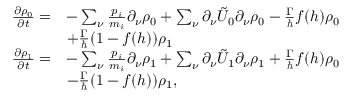
\begin{array} { r l } { \frac { \partial \rho _ { 0 } } { \partial t } = } & { - \sum _ { \nu } \frac { p _ { i } } { m _ { i } } \partial _ { \nu } \rho _ { 0 } + \sum _ { \nu } \partial _ { \nu } \tilde { U } _ { 0 } \partial _ { \nu } \rho _ { 0 } - \frac { \Gamma } { \hbar } f ( h ) \rho _ { 0 } } \\ & { + \frac { \Gamma } { \hbar } ( 1 - f ( h ) ) \rho _ { 1 } } \\ { \frac { \partial \rho _ { 1 } } { \partial t } = } & { - \sum _ { \nu } \frac { p _ { i } } { m _ { i } } \partial _ { \nu } \rho _ { 1 } + \sum _ { \nu } \partial _ { \nu } \tilde { U } _ { 1 } \partial _ { \nu } \rho _ { 1 } + \frac { \Gamma } { \hbar } f ( h ) \rho _ { 0 } } \\ & { - \frac { \Gamma } { \hbar } ( 1 - f ( h ) ) \rho _ { 1 } , } \end{array}